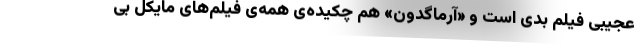
عجیبی فیلم بدی است و «آرماگدون» هم چکیده‌ی همه‌ی فیلم‌های مایکل بی